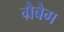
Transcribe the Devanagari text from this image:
ग्रैबैग